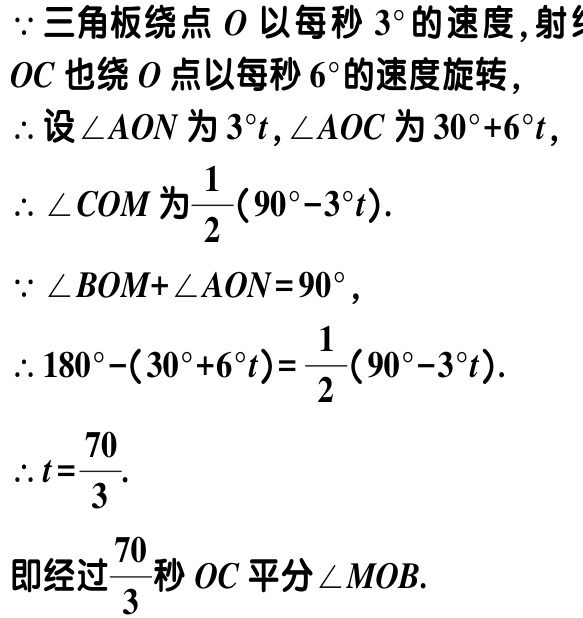
$\because$三角板绕点$O$以每秒$3^{\circ}$的速度，射线

$OC$也绕$O$点以每秒$6^{\circ}$的速度旋转，

$\therefore$设$\angle AON$为$3^{\circ}t,\angle AOC$为$30^{\circ}+6^{\circ}t$，

$\therefore \angle COM$为$\dfrac{1}{2}(90^{\circ}-3^{\circ}t)$.

$\because \angle BOM+\angle AON = 90^{\circ}$，

$\therefore 180^{\circ}-(30^{\circ}+6^{\circ}t)=\dfrac{1}{2}(90^{\circ}-3^{\circ}t)$.

$\therefore t = \dfrac{70}{3}$.

即经过$\dfrac{70}{3}$秒$OC$平分$\angle MOB$.